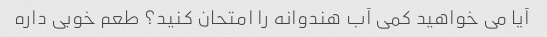
آیا می خواهید کمی آب هندوانه را امتحان کنید؟ طعم خوبی داره